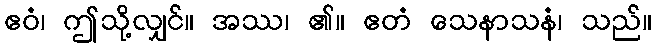
ဧဝံ၊ ဤသို့လျှင်။ အဿ၊ ၏။ ဧတံ သေနာသနံ၊ သည်။